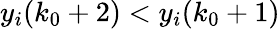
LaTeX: y_{i}(k_{0}+2)<y_{i}(k_{0}+1)